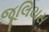
જૂલિયસ